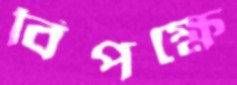
বিপক্ষে